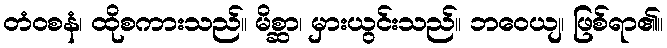
တံဝစနံ၊ ထိုစကားသည်။ မိစ္ဆာ၊ မှားယွင်းသည်။ ဘဝေယျ၊ ဖြစ်ရာ၏။